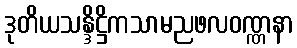
ဒုတိယသန္ဒိဋ္ဌိကသာမညဖလဝဏ္ဏနာ